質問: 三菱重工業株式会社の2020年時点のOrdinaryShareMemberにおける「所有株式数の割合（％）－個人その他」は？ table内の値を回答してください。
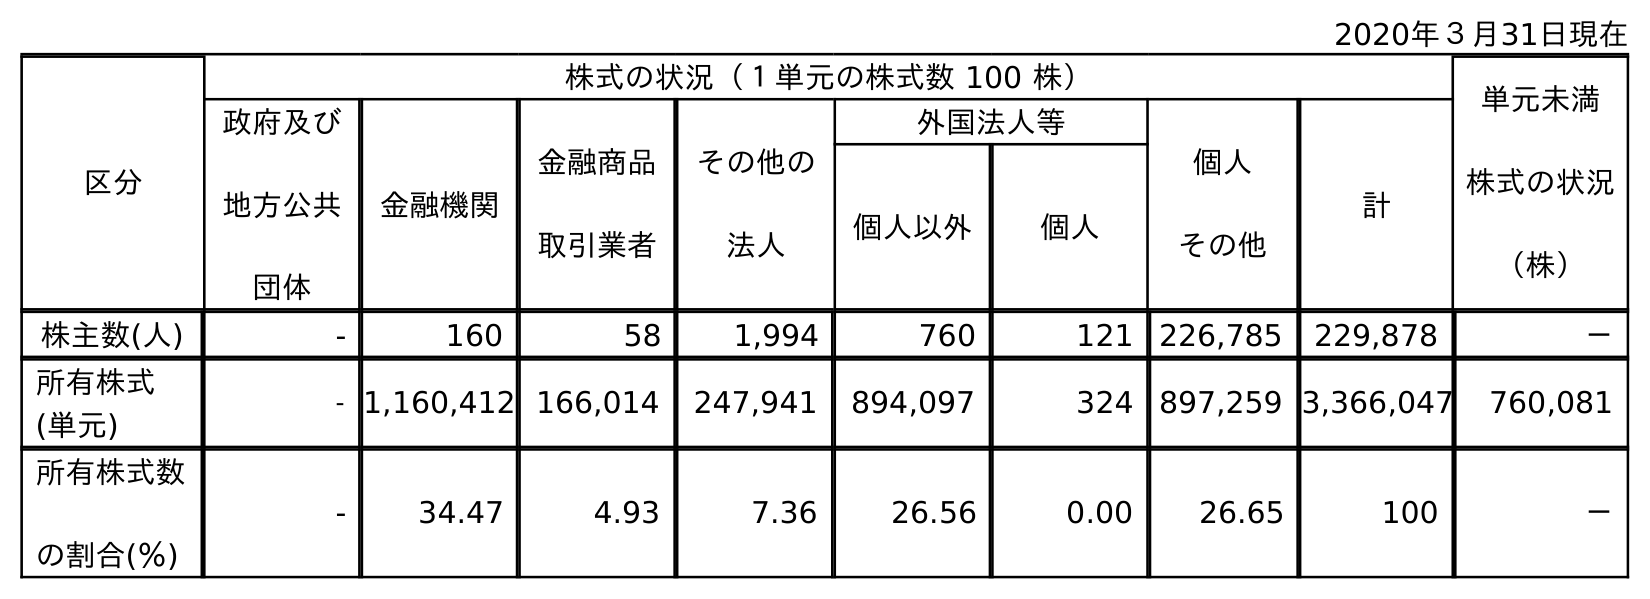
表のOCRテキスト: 2020年３月31日現在 区分 株式の状況（１単元の株式数 100 株） 単元未満 株式の状況 （株） 政府及び 地方公共 団体 金融機関 金融商品 取引業者 その他の 法人 外国法人等 個人 その他 計 個人以外 個人 株主数(人) - 160 58 1,994 760 121 226,785 229,878 － 所有株式 (単元) - 1,160,412 166,014 247,941 894,097 324 897,259 3,366,047 760,081 所有株式数 の割合(％) - 34.47 4.93 7.36 26.56 0.00 26.65 100 －
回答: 26.65